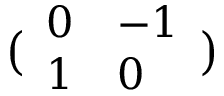
{ \bigl ( } { \begin{array} { l l } { 0 } & { - 1 } \\ { 1 } & { 0 } \end{array} } { \bigr ) }